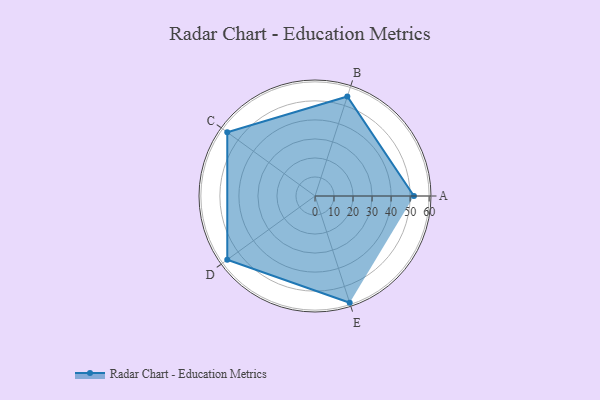
{"axis": {"x": "Skill", "y": "Score"}, "legend": ["Profile"], "data": [{"x": "A", "y": 52.0, "type": "Profile"}, {"x": "B", "y": 55.0, "type": "Profile"}, {"x": "C", "y": 57.0, "type": "Profile"}, {"x": "D", "y": 57.0, "type": "Profile"}, {"x": "E", "y": 59.0, "type": "Profile"}]}